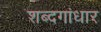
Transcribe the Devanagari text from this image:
शब्दगांधार